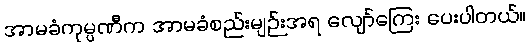
အာမခံကုမ္ပဏီက အာမခံစည်းမျဉ်းအရ လျော်ကြေး ပေးပါတယ်။